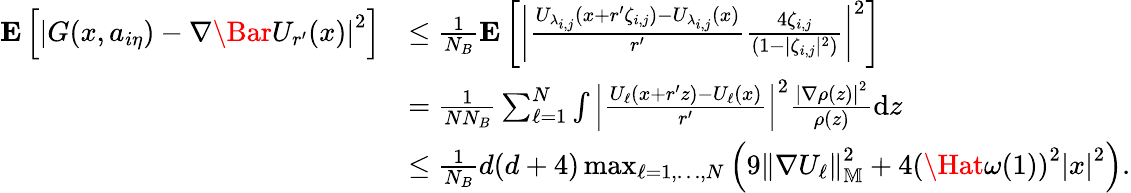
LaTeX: \begin{array}{rl}{\mathbf{E}\left[\left|G(x,a_{i\eta})-\nabla\Bar{U}_{r^{\prime}}(x)\right|^{2}\right]}&{\le\frac{1}{N_{B}}\mathbf{E}\left[\left|\frac{U_{\lambda_{i,j}}\left(x+r^{\prime}\zeta_{i,j}\right)-U_{\lambda_{i,j}}\left(x\right)}{r^{\prime}}\frac{4\zeta_{i,j}}{(1-|\zeta_{i,j}|^{2})}\right|^{2}\right]}\\ &{=\frac{1}{NN_{B}}\sum_{\ell=1}^{N}\int\left|\frac{U_{\ell}\left(x+r^{\prime}z\right)-U_{\ell}\left(x\right)}{r^{\prime}}\right|^{2}\frac{\left|\nabla\rho(z)\right|^{2}}{\rho(z)}\mathrm{d}z}\\ &{\le\frac{1}{N_{B}}d(d+4)\operatorname*{max}_{\ell=1,\ldots,N}\left(9\left\| \nabla U_{\ell}\right\| _{\mathbb{M}}^{2}+4\left(\Hat{\omega}(1)\right)^{2}\left|x\right|^{2}\right).}\end{array}